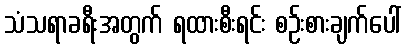
သံသရာခရီးအတွက် ရထားစီးရင်း စဉ်းစားချက်ပေါ်